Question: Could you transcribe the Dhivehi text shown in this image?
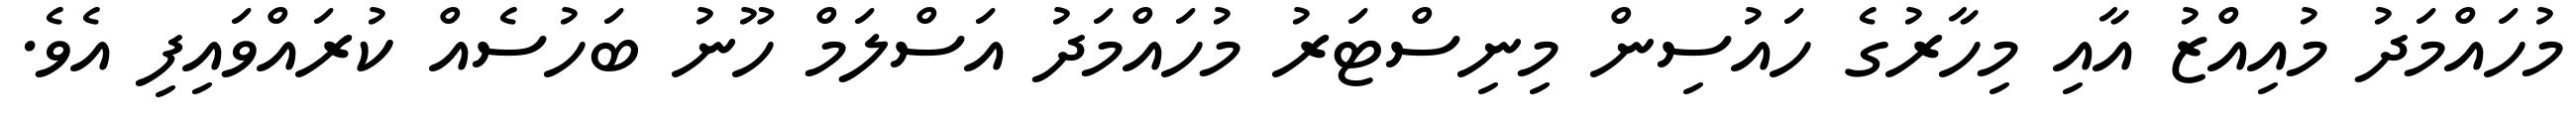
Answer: މުހައްމަދު މުއިއްޒު އާއި މިހާރުގެ ހައުސިން މިނިސްޓަރު މުހައްމަދު އަސްލަމް ހޫނު ބަހުސެއް ކުރައްވައިފި އެވެ.